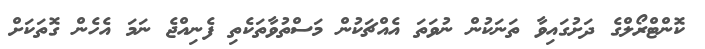
ކޮންޓްރޯލްގެ ދަށުގައިވާ ތަނަކުން ނުވަތަ އެއްޗަކުން މަސްތުވާތަކެތި ފެނިއްޖެ ނަމަ އެހެން ގޮތަކަށް